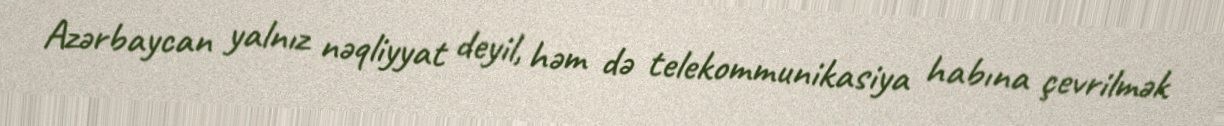
Azərbaycan yalnız nəqliyyat deyil, həm də telekommunikasiya habına çevrilmək